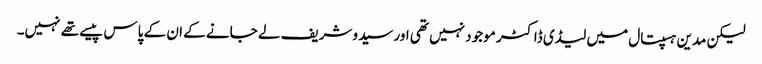
لیکن مدین ہسپتال میں لیڈی ڈاکٹر موجود نہیں تھی اور سیدوشریف لے جانے کے ان کے پاس پیسے تھے نہیں۔